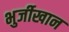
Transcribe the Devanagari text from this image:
भुर्जीखान